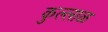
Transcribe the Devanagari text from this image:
कुल्लाळ